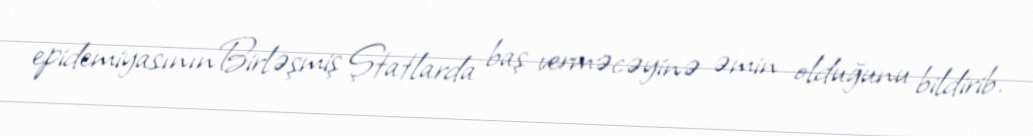
epidemiyasınınBirləşmiş Ştatlarda baş verməcəyinə əmin olduğunu bildirib.